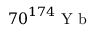
{ 7 0 } ^ { 1 7 4 } \mathrm { ~ Y ~ b ~ }